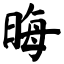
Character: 晦